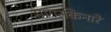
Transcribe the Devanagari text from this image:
सागरकिनारे